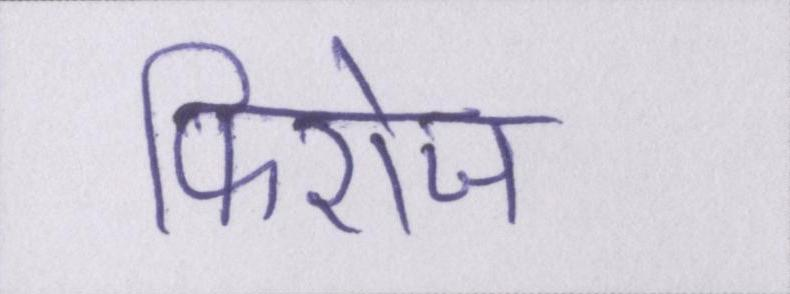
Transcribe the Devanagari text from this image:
फिरोज